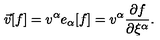
\vec { v } [ f ] = v ^ { \alpha } e _ { \alpha } [ f ] = v ^ { \alpha } \frac { \partial f } { \partial \xi ^ { \alpha } } .